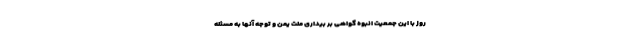
روز با این جمعیت انبوه گواهی بر بیداری ملت یمن و توجه آنها به مسئله